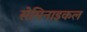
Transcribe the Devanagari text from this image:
सेमिनाइकल